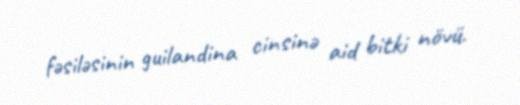
fəsiləsinin guilandina cinsinə aid bitki növü.